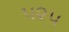
૫૨૫